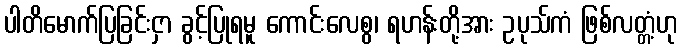
ပါတိမောက်ပြခြင်းငှာ ခွင့်ပြုရမူ ကောင်းလေစွ၊ ရဟန်းတို့အား ဥပုသ်ကံ ဖြစ်လတ္တံ့ဟု